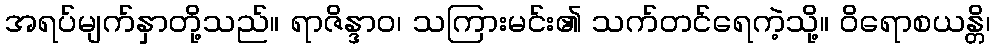
အရပ်မျက်နှာတို့သည်။ ရာဇိန္ဒာဝ၊ သကြားမင်း၏ သက်တင်ရေကဲ့သို့။ ဝိရောစယန္တိ၊